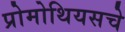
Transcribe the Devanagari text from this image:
प्रोमोथियसचे